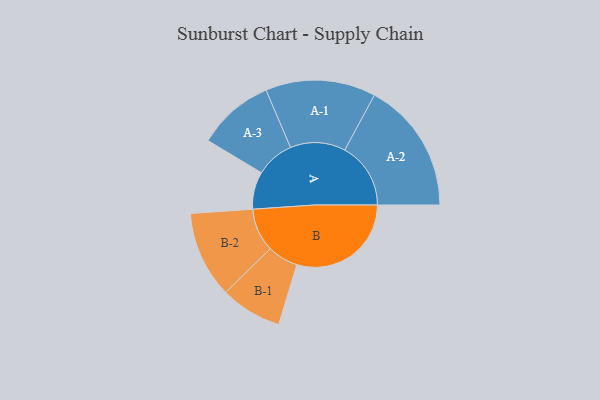
{"axis": {"x": "Segment", "y": "Value"}, "legend": ["", "A", "B"], "data": [{"x": "A", "y": 152, "type": ""}, {"x": "B", "y": 465, "type": ""}, {"x": "A-1", "y": 224, "type": "A"}, {"x": "A-2", "y": 268, "type": "A"}, {"x": "A-3", "y": 156, "type": "A"}, {"x": "B-1", "y": 125, "type": "B"}, {"x": "B-2", "y": 176, "type": "B"}]}